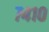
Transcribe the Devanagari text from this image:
७४१०